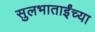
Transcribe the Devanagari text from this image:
सुलभाताईंच्या